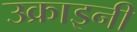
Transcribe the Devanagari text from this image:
उक्राइनी